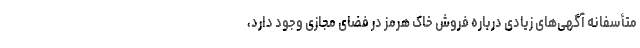
متأسفانه آگهی‌های زیادی درباره فروش خاک هرمز در فضای مجازی وجود دارد،